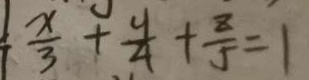
\frac { x } { 3 } + \frac { y } { 4 } + \frac { z } { 5 } = 1